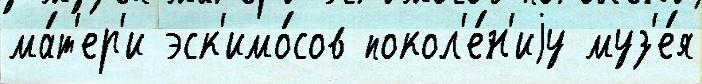
ма́т'ер'и эск'имо́сов покол'е́н'иjу муз'е́я